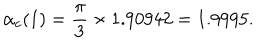
\alpha _ { c } ( 1 ) = { \frac { \pi } { 3 } } \times 1 . 9 0 9 4 2 = 1 . 9 9 9 5 .